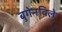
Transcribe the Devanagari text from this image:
बुगेनविले